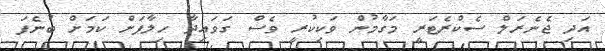
އަދި ޖެނެރަލް ސެކްރެޓަރީ މަގާމުން ވަކިކުރީ ވެސް ގަވައިދާ ހިލާފަށް ކަމަށް ބުނެފަ